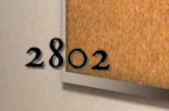
2802